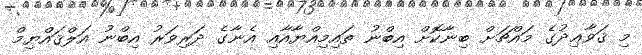
މި ޤަވާޢިދުގެ މައްޗަށް ބިނާކޮށް އިބްނު ތައިމިއްޔާއާއި އެނާގެ ދަރިވަރު އިބްނު އަލްޤައްޔިމް